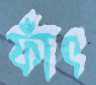
ফাঁৎ